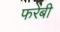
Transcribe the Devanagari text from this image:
फरेबी